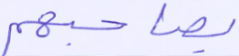
بصاحبهم